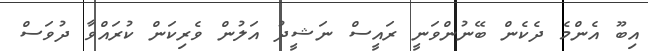
އިބޫ އެންމެ ދެކެން ބޭނުންވަނީ ރައީސް ނަޝީދު އަލުން ވެރިކަން ކުރައްވާ ދުވަސް